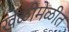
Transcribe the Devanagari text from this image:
खेळीमेळीत